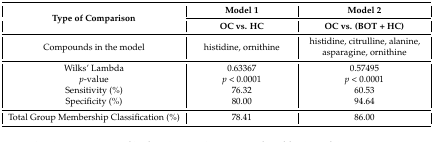
<table><thead><tr><td rowspan="2"><b>Type of Comparison</b></td><td><b>Model 1</b></td><td><b>Model 2</b></td></tr><tr><td><b>OC vs. HC</b></td><td><b>OC vs. (BOT + HC)</b></td></tr></thead><tbody><tr><td>Compounds in the model</td><td>histidine, ornithine</td><td>histidine, citrulline, alanine, asparagine, ornithine</td></tr><tr><td>Wilks’ Lambda</td><td>0.63367</td><td>0.57495</td></tr><tr><td><i>p</i>-value</td><td><i>p</i> &lt; 0.0001</td><td><i>p</i> &lt; 0.0001</td></tr><tr><td>Sensitivity (%)</td><td>76.32</td><td>60.53</td></tr><tr><td>Specificity (%)</td><td>80.00</td><td>94.64</td></tr><tr><td>Total Group Membership Classification (%)</td><td>78.41</td><td>86.00</td></tr></tbody></table>